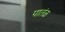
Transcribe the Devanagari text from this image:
पातंळ